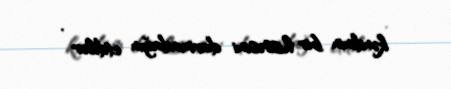
kəndinin bir hissəsini darmadağın etdilər .